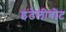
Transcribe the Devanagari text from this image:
इंटेलीबोट